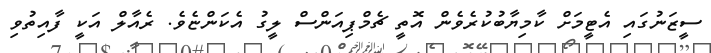
ސީޒަނުގައި އެޓީމަށް ކާމިޔާބުކުރެވެން އޮތީ ޗެމްޕިއަންސް ލީގު އެކަންޏެވެ. ރެއާލް އަކީ ފާއިތުވި